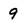
Character: 9